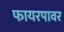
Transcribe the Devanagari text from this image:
फायरपावर